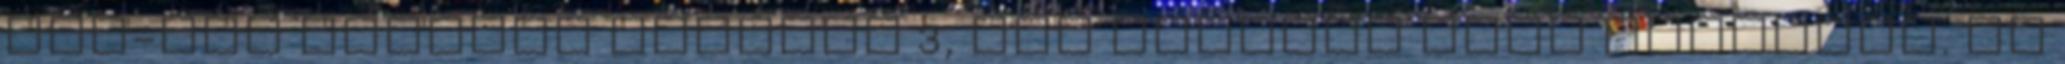
RAM-mal szerelt OnePlus 3, ami papíron igen meggyőző. De